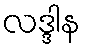
လဒ္ဒါန